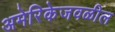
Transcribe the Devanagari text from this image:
अमेरिकेजवळील